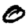
Digit: 0